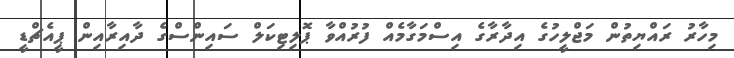
މިހާރު ރައްޔިތުން މަޖްލީހުގެ އިދާރާގެ އިސްމަގާމެއް ފުރުއްވާ ޕޮލިޓިކަލް ސައިންސްގެ ދާއިރާއިން ޕީއެޗްޑީ